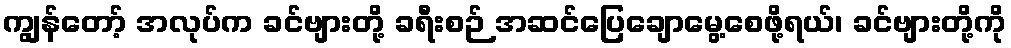
ကျွန်တော့် အလုပ်က ခင်ဗျားတို့ ခရီးစဉ် အဆင်ပြေချောမွေ့စေဖို့ရယ်၊ ခင်ဗျားတို့ကို